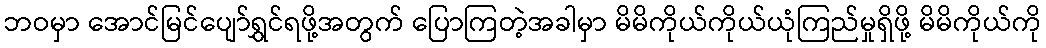
ဘဝမှာ အောင်မြင်ပျော်ရွှင်ရဖို့အတွက် ပြောကြတဲ့အခါမှာ မိမိကိုယ်ကိုယ်ယုံကြည်မှုရှိဖို့ မိမိကိုယ်ကို